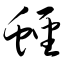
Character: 蛏